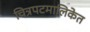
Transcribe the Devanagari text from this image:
चित्रपटमालिकेत